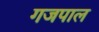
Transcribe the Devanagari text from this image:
गजपाल